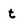
Character: t